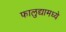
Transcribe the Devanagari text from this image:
फालुद्यामध्ये